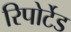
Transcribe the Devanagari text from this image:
रिपोर्टेड